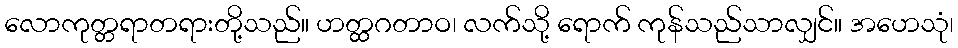
လောကုတ္တရာတရားတို့သည်။ ဟတ္ထဂတာဝ၊ လက်သို့ ရောက် ကုန်သည်သာလျှင်။ အဟေသုံ၊